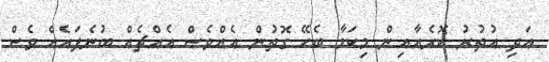
އަދި އުތުރު ކޮރެއާއިން މިކަމާ ބެހޭ ގޮތުން އެއްވެސް އެއްޗެއް ބުނެފައެއް ވެސް